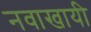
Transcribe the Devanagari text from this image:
नवाखायी